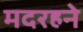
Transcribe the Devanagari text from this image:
मदरहने